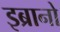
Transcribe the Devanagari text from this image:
इब्रानो